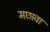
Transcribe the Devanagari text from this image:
मछावा